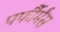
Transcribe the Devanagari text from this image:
पर्फौर्मंस